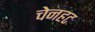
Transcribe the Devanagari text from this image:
चेनहट